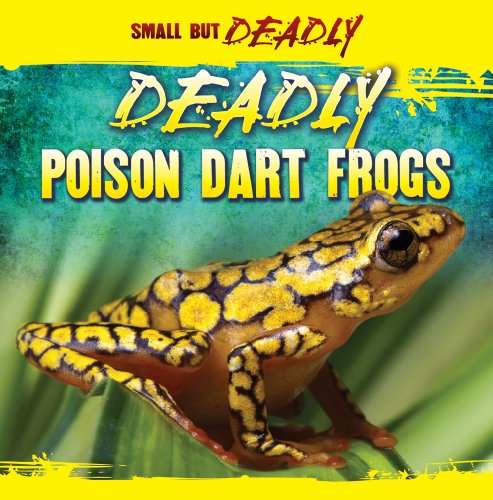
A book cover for Deadly Poison Dart Frogs (Small But Deadly); Lincoln James; Children's Books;